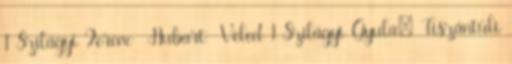
1 Szilágyi Ferenc Hubart Veled 1 Szilágyi Gyula: Tiszántúli